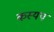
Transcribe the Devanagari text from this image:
कस्यप